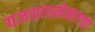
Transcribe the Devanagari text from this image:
यज्ञसाधनेमागचा